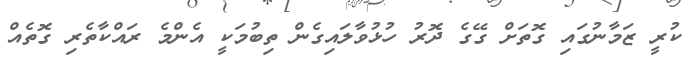
ކުރީ ޒަމާނުގައި ގޮތަށް ގޭގެ ދޮރު ހުޅުވާލައިގެން ތިބުމަކީ އެންމެ ރައްކާތެރި ގޮތެއް